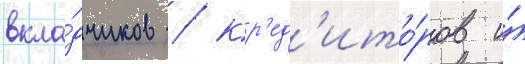
вкла́дчиков / кр'ед'ито́ров и́